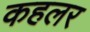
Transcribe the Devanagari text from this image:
कहलर